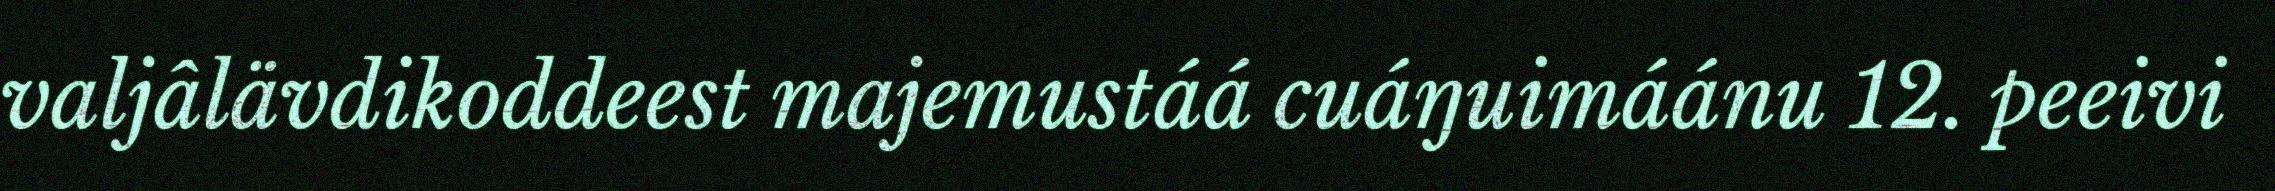
valjâlävdikoddeest majemustáá cuáŋuimáánu 12. peeivi